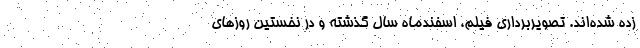
زده شده‌اند. تصویربرداری فیلم، اسفندماه سال گذشته و در نخستین روز‌های